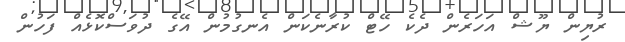
ރުޔިން ޔޫޝް އަހަރެން ދެކެ ހޭޓް ކުރާނެކަން އެނގުމުން އޭގެ ދުވަސްކޮޅެއް ފަހުން